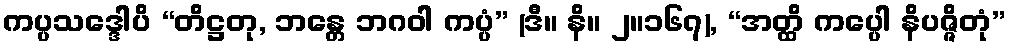
ကပ္ပသဒ္ဒေါပိ “တိဋ္ဌတု, ဘန္တေ ဘဂဝါ ကပ္ပံ” (ဒီ။ နိ။ ၂။၁၆၇), “အတ္ထိ ကပ္ပေါ နိပဇ္ဇိတုံ”